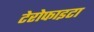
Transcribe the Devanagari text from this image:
टेरोफाइटा